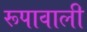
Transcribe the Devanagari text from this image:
रूपावाली